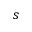
s